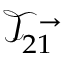
\mathcal { T } _ { 2 1 } ^ { \rightarrow }